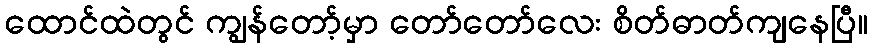
ထောင်ထဲတွင် ကျွန်တော့်မှာ တော်တော်လေး စိတ်ဓာတ်ကျနေပြီ။